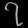
Digit: ၇